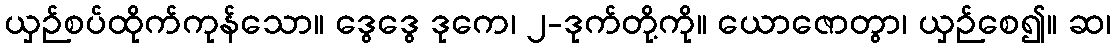
ယှဉ်စပ်ထိုက်ကုန်သော။ ဒွေဒွေ ဒုကေ၊ ၂-ဒုက်တို့ကို။ ယောဇောတွာ၊ ယှဉ်စေ၍။ ဆ၊